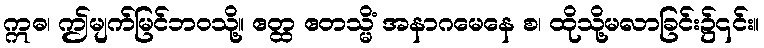
ဣဓ၊ ဤမျက်မြင်ဘဝသို့။ ဧတ္ထ ဧတသ္မိံ အနာဂမေနေ စ၊ ထိုသို့မလာခြင်း၌၎င်း။